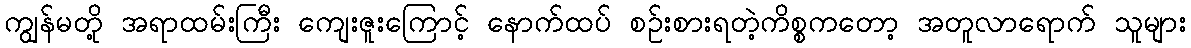
ကျွန်မတို့ အရာထမ်းကြီး ကျေးဇူးကြောင့် နောက်ထပ် စဉ်းစားရတဲ့ကိစ္စကတော့ အတူလာရောက် သူများ